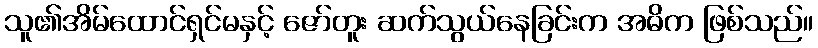
သူ၏အိမ်ထောင်ရှင်မနှင့် ဇော်တူး ဆက်သွယ်နေခြင်းက အဓိက ဖြစ်သည်။